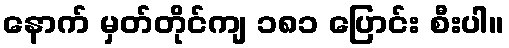
နောက် မှတ်တိုင်ကျ ၁၈၁ ပြောင်း စီးပါ။